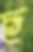
ছ